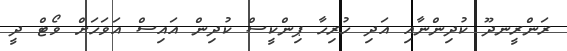
ރަންރީނދޫ ކުދިންނާއި އަދި ހުރިހާ ޕިންކީސް ކުދިން އައިސް އަވަހަށް ވޯޓް ދީ